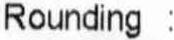
ROUNDING :